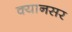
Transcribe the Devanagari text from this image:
क्यानसर